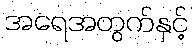
အရေအတွက်နှင့်